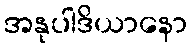
အနုပါဒိယာနော